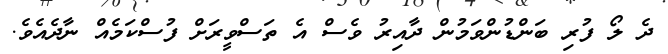
ދެ ލޯ ފުރި ބަންޑުންވަމުން ދާއިރު ވެސް އެ ތަސްވީރަށް ފުސްކަމެއް ނާދެއެވެ.